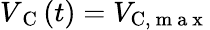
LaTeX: V_{\mathrm{~C~}}(t)=V_{\mathrm{C},\mathrm{~m~a~x~}}